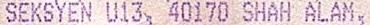
SEKSYEN U13, 40170 SHAH ALAM,